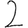
Digit: 2